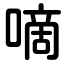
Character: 嘀